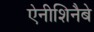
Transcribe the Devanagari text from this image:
ऐनीशिनैबे